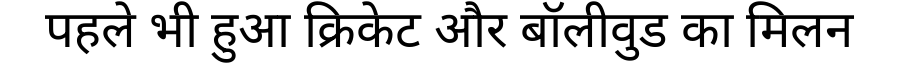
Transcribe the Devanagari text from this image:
पहले भी हुआ क्रिकेट और बॉलीवुड का मिलन